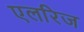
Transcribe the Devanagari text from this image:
एलरिज